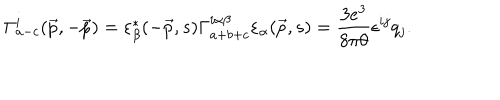
\Gamma _ { a - c } ^ { i } ( \vec { p } , - \vec { p } ) = \varepsilon _ { \beta } ^ { * } ( - \vec { p } , s ) \Gamma _ { a + b + c } ^ { i \alpha \beta } \varepsilon _ { \alpha } ( \vec { p } , s ) = \frac { 3 e ^ { 3 } } { 8 \pi \theta } \epsilon ^ { i j } q _ { j } .